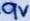
Text: 9V